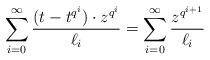
LaTeX: \begin{align*} \sum _{i=0}^\infty \frac{(t-t^{q^i})\cdot z^{q^i} }{\ell_i}=\sum _{i=0}^\infty \frac{z^{q^{i+1} } }{\ell_i}\end{align*}